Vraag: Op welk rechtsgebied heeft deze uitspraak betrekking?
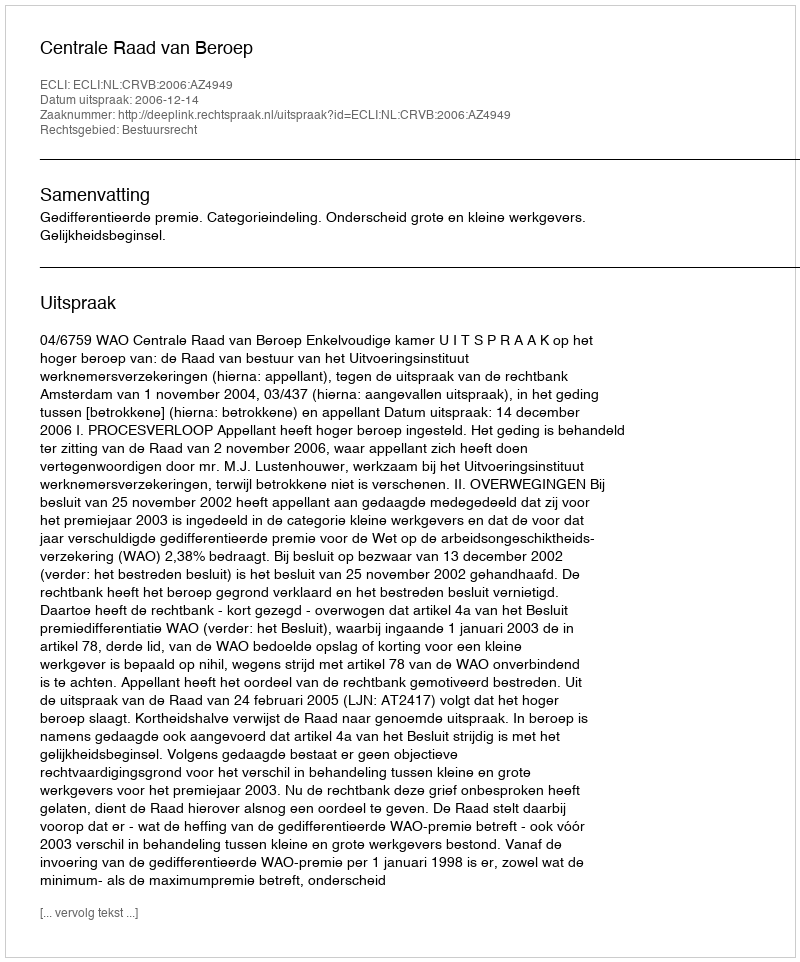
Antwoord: Bestuursrecht